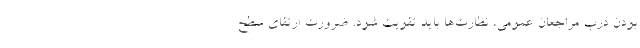
بودن درب مراجعان عمومی، نظارت‌ها باید تقویت شود. ضرورت ارتقای سطح